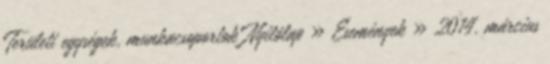
Területi egységek, munkacsoportok Nyitólap » Események » 2014. március